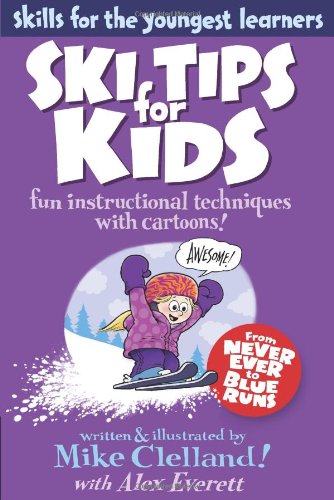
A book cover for Ski Tips for Kids: Fun Instructional Techniques With Cartoons (Falcon Guides: Skills for the Youngest Learners); Mike Clelland; Travel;